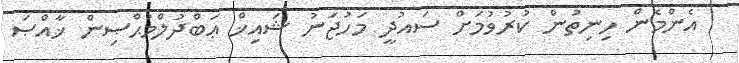
އެންމެން ހިނިތުން ކުރުވުމަށް ސައުދީ މަހުޖަނު ޝައިޚް ޢަބްދުލްމުޙްޞިން ޚާއްޞަ